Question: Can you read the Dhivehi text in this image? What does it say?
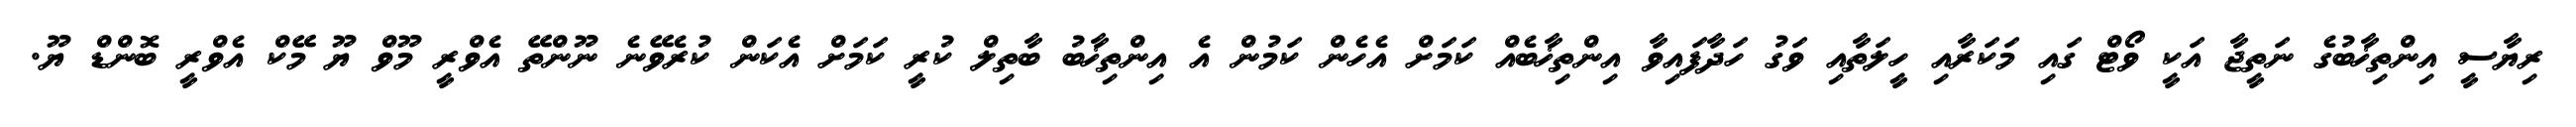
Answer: ރިޔާސީ އިންތިޚާބުގެ ނަތީޖާ އަކީ ވޯޓް ގައި މަކަރާއި ހީލަތާއި ވަގު ހަދާފައިވާ އިންތިޚާބެއް ކަމަށް އެހެން ކަމުން އެ އިންތިޚާބު ބާތިލް ކުރީ ކަމަށް އެކަން ކުރެވޭނެ ނޫންތޭ އެވްރީ މޫވް ޔޫ މޭކް އެވްރީ ބޮންޑް ޔޫ.